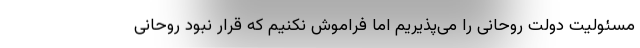
مسئولیت دولت روحانی را می‌پذیریم اما فراموش نکنیم که قرار نبود روحانی